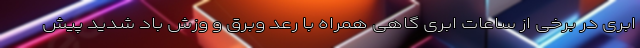
ابری در برخی از ساعات ابری گاهی همراه با رعد وبرق و وزش باد شدید پیش